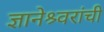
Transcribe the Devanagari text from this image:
ज्ञानेश्र्वरांची